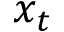
x _ { t }